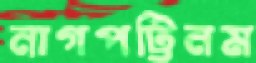
নাগপট্টিনম